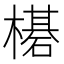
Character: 𬄯